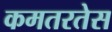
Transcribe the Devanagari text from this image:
कमतरतेस